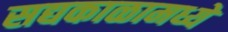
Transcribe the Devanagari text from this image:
सद्यकाळामध्ये